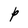
Character: P